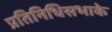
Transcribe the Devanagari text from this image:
प्रतिनिधिसभाके